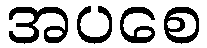
အပစေ